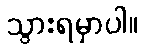
သွားရမှာပါ။